Medical and sanitary report of the native army of Madras for the year
Year: 1875
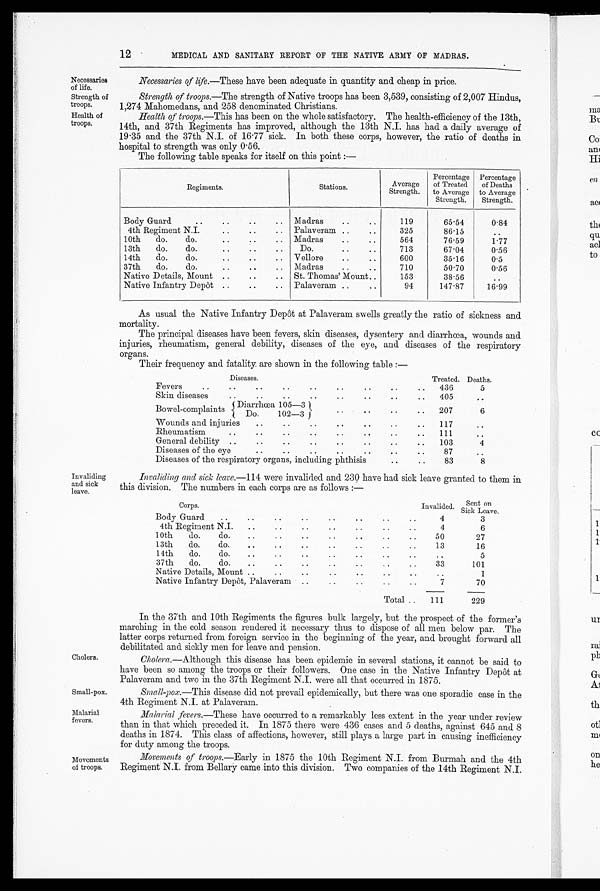
Small-pox.
Malarial
fevers.
12
MEDICAL AND SANITARY REPORT OF THE NATIVE ARMY OF MADRAS.
Necessaries
of life.
Strength of
troops.
Health of
troops.
Necessaries of life .—These have been adequate in quantity and cheap in price.
Strength of troops .—The strength of Native troops has been 3,539, consisting of 2,007 Hindus,
1,274 Mahomedans, and 258 denominated Christians.
Health of troops. —This has been on the whole satisfactory. The health-efficiency of the 13th,
14th, and 37th Regiments has improved, although the 13th N.I. has had a daily average of
19 . 35 and the 37th N.I. of 16 . 77 sick. In both these corps, however, the ratio of deaths in
hospital to strength was only 0.56.
The following table speaks for itself on this point :—
Regiments.
Stations.
Average
Strength.
Percentage
of Treated
to Average
Strength.
Percentage
of Deaths
to Average
Strength.
Body Guard
..
..
Madras
..
...
119
65.54
0.84
4th Regiment N.I.
Palaveram ..
..
325
86.15
. .
10th do. do...
Madras
..
564
76.59
1.77
13th do. do...
.
Do.
..
..
713
67.04
0.56
14th do. do... Vellore
..
..
600
35.16
0.5
37th do. do... ..
Madras
..
..
710
50.70
0.56
Native Details, Mount ..
.. St. Thomas' Mount..
153
38.56
..
Native Infantry Depôt..
Palaveram..
..
94
147.87
16.99
As usual the Native Infantry Depôt at Palaveram swells greatly the ratio of sickness and
mortality.
The principal diseases have been fevers, skin diseases, dysentery and diarrhœa, wounds and
injuries, rheumatism, general debility, diseases of the eye, and diseases of the respiratory
organs.
Their frequency and fatality. are shown in the following table :—
Diseases.
Treated. Deaths.
Fevers
. .
. .
. .
. .
. .
. .
. .
. .
. .
436
5
Skin diseases
..
..
..
..
..
..
405
,.
Bowel-complaints
Diarrhœa 105—3
207
6
Do. 102—3
Wounds and injuries
..
..
..
..
..
..
..
117
. .
Rheumatism
..
..
..
..
..
..
..
111
. .
General debility ..
..
..
..
..
..
..
..
103
4
Diseases of the eye
..
..
..
..
..
..
..
87
. .
Diseases of the respiratory organs, including phthisis
..
..
83
8
Invaliding
and sick
leave.
Cholera.
Movements
of troops.
Invaliding and sick leave.—114 were invalided and 230 have had sick leave granted to them in
this division. The numbers in each corps are as follows :—
Corps.
Invalided. Sent on
Sick Leave.
Body Guard
..
..
..
..
..
..
..
..
4
3
4th Regiment N.I.
..
..
..
..
..
..
..
4
6
10th do. do.
..
..
..
....
50
27
13th do. do.
..
..
..
..
..
..
..
13
16
14th do. do.
..
..
..
..
..
5
37th do. do.
...
..
..
..
..
..
..
33
101
Native Details, Mount ..
..
..
..
..
..
..
1
Native Infantry Depot, Palaveram ..
..
..
..
..
7
70
Total ..
111
229
In the 37th and 10th Regiments the figures bulk largely, but the prospect of the former's
marching in the cold season rendered it necessary thus to dispose of all men below par. The
latter corps returned from foreign service in the beginning of the year, and brought forward all
debilitated and sickly men for leave and pension.
Cholera.—Although this disease has been epidemic in several stations, it cannot be said to
have been so among the troops or their followers. One case in the Native Infantry Depôt at
Palaveram and two in the 37th Regiment N.I. were all that occurred in 1875.
Small-pox.—This disease did not prevail epidemically, but there was one sporadic case in the
4th Regiment N.I. at Palaveram.
Malarial fevers .—These have occurred to a remarkably less extent in the year under review
than in that which preceded it. In 1875 there were 436 cases and 5 deaths, against 645 and 8
deaths in 1874. This class of affections, however, still plays a large part in causing inefficiency
for duty among the troops.
Movements of troops.—Early in 1875 the 10th Regiment N.I. from Burmaha n d
t h e 4 t h
Regiment N.I. from Bellary came into this division. Two companies of the 14th Regiment N.I.